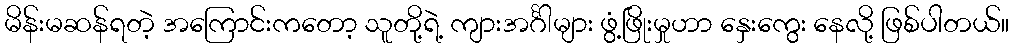
မိန်းမဆန်ရတဲ့ အကြောင်းကတော့ သူတို့ရဲ့ ကျားအင်္ဂါများ ဖွံ့ဖြိုးမှုဟာ နှေးကွေး နေလို့ ဖြစ်ပါတယ်။